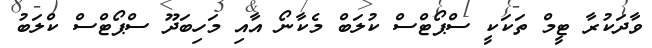
ވާދަކުރާ ޓީމް ތަކަކީ ސްޕޯޓްސް ކުލަބް މެކާނޯ އާއި މަހިބަދޫ ސްޕޯޓްސް ކްލަބު